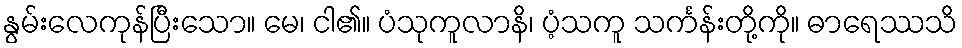
နွမ်းလေကုန်ပြီးသော။ မေ၊ ငါ၏။ ပံသုကူလာနိ၊ ပံ့သကူ သင်္ကန်းတို့ကို။ ဓာရေဿသိ